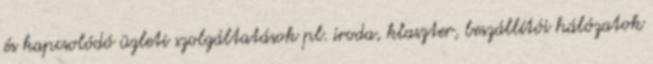
és kapcsolódó üzleti szolgáltatások pl. iroda, klaszter, beszállítói hálózatok